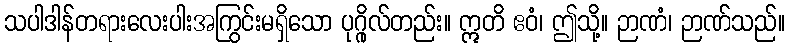
သပါဒါန်တရားလေးပါးအကြွင်းမရှိသော ပုဂ္ဂိုလ်တည်း။ ဣတိ ဧဝံ၊ ဤသို့။ ဉာဏံ၊ ဉာဏ်သည်။